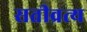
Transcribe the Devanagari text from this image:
सतीव्रत्य